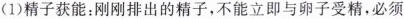
(1)精子获能；刚刚排出的精子，不能立即与卵子受精，必须